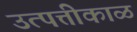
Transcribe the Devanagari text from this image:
उत्पत्तीकाळ